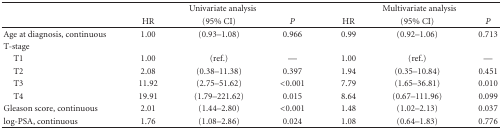
|  | <COLSPAN=3> Univariate analysis | <COLSPAN=3> Multivariate analysis |
 |  | HR | (95% CI) | P | HR | (95% CI) | P |
 | --- | --- | --- | --- | --- | --- | --- |
 | Age at diagnosis, continuous | 1.00 | (0.93–1.08) | 0.966 | 0.99 | (0.92–1.06) | 0.713 |
 | T-stage |  |  |  |  |  |  |
 | T1 | 1.00 | (ref.) | — | 1.00 | (ref.) | — |
 | T2 | 2.08 | (0.38–11.38) | 0.397 | 1.94 | (0.35–10.84) | 0.451 |
 | T3 | 11.92 | (2.75–51.62) | <0.001 | 7.79 | (1.65–36.81) | 0.010 |
 | T4 | 19.91 | (1.79–221.62) | 0.015 | 8.64 | (0.67–111.96) | 0.099 |
 | Gleason score, continuous | 2.01 | (1.44–2.80) | <0.001 | 1.48 | (1.02–2.13) | 0.037 |
 | log-PSA, continuous | 1.76 | (1.08–2.86) | 0.024 | 1.08 | (0.64–1.83) | 0.776 |